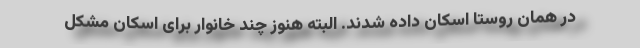
در همان روستا اسکان داده شدند. البته هنوز چند خانوار برای اسکان مشکل